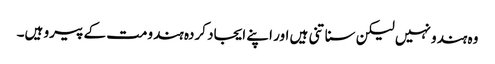
وہ ہندو نہیں لیکن سناتنی ہیں اور اپنے ایجاد کردہ ہندومت کے پیرو ہیں۔